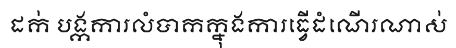
ដក់ បង្កការលំបាកក្នុងការធ្វើដំណើរណាស់